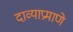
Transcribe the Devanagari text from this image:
दाव्याप्रमाणे